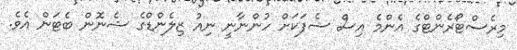
މިރެސްޓޯރެންޓްގެ އެންމެ އިސް ޝެފަކަށް ހުންނާނީ ނިއު ޒިލެންޑްގެ ޝެނޮން ބެޓަން އެވެ.